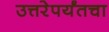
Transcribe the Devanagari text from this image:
उत्तरेपर्यंतचा